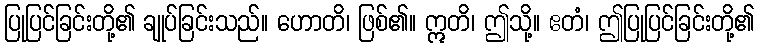
ပြုပြင်ခြင်းတို့၏ ချုပ်ခြင်းသည်။ ဟောတိ၊ ဖြစ်၏။ ဣတိ၊ ဤသို့။ ဧတံ၊ ဤပြုပြင်ခြင်းတို့၏